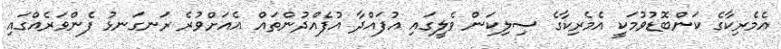
އެމެރިކާގެ ކަންބޮޑުވުމަކީ އެމެރިކާގެ ސިލިކަން ވެލީގައި އުފައްދާ އުފެއްދުންތައް އެއަށްވުރެ ރަނގަނޅު ފެންވަރެއްގައި